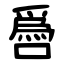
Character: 噕